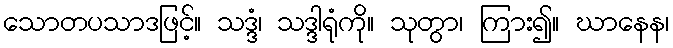
သောတပသာဒဖြင့်။ သဒ္ဒံ၊ သဒ္ဒါရုံကို။ သုတွာ၊ ကြား၍။ ဃာနေန၊